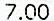
7.00